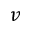
v